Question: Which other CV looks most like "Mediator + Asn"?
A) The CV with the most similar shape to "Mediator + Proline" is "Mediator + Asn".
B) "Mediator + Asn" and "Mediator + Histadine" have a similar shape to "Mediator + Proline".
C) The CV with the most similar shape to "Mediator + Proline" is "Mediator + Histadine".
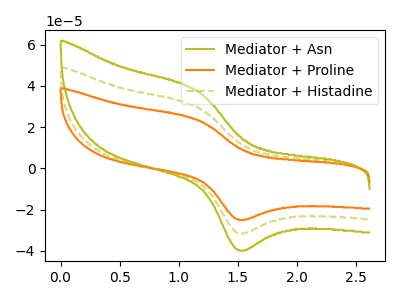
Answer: <think>The olive curve "Mediator + Asn" has an anodic peak at (1.15V, 59.90uA) and a cathodic peak at (1.50V, -62.75uA). The orange curve "Mediator + Proline" has an anodic peak at (1.15V, 23.70uA) and a cathodic peak at (1.50V, -24.85uA). The olive dashed curve "Mediator + Histadine" has an anodic peak at (1.15V, 29.95uA) and a cathodic peak at (1.50V, -31.40uA).
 All the peaks in "Mediator + Asn" have a peak in "Mediator + Proline" at the same potential. Every peak in "Mediator + Asn" is higher than every peak in "Mediator + Proline". All the peaks in "Mediator + Asn" have a peak in "Mediator + Histadine" at the same potential. Every peak in "Mediator + Asn" is higher than every peak in "Mediator + Histadine". All the peaks in "Mediator + Proline" have a peak in "Mediator + Histadine" at the same potential. Every peak in "Mediator + Proline" is lower than every peak in "Mediator + Histadine".</think>
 <answer>B) "Mediator + Asn" and "Mediator + Histadine" have a similar shape to "Mediator + Proline".</answer>
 <eval>B</eval>